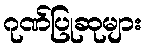
ဂုဏ်ပြုဆုများ